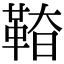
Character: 𩊵